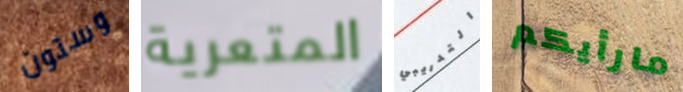
وستون المتعرية التدريبي مارأيكم